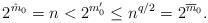
LaTeX: \begin{align*}2^{\hat m_0}=n<2^{m'_0}\le n^{q/2}=2^{\overline{m}_0}.\end{align*}